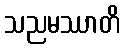
သညမဿာတိ